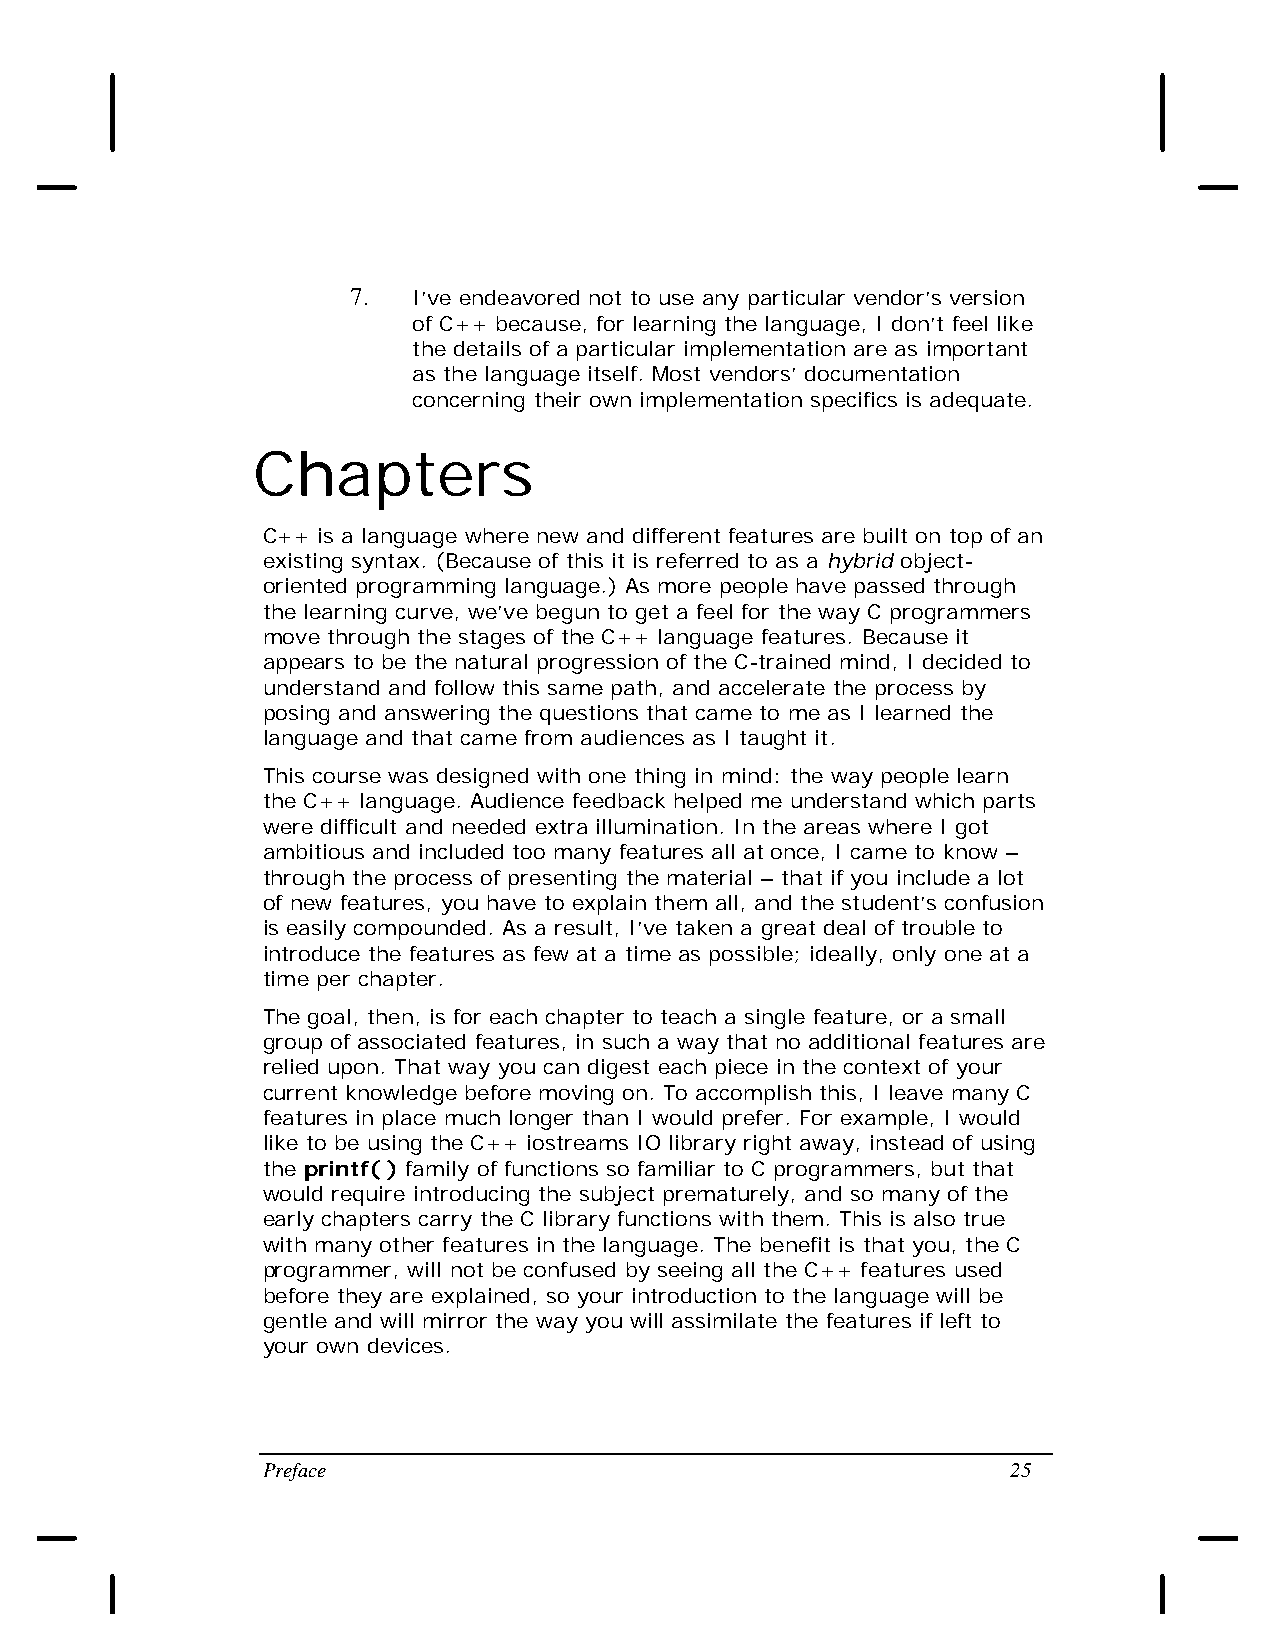
7.  I’ve endeavored not to use any particular vendor’s version
 of C++ because, for learning the language, I don’t feel like
 the details of a particular implementation are as important
 as the language itself. Most vendors’ documentation
 concerning their own implementation specifics is adequate.
 Chapters
 C++ is a language where new and different features are built on top of an
 existing syntax. (Because of this it is referred to as a hybrid object-
 oriented programming language.) As more people have passed through
 the learning curve, we’ve begun to get a feel for the way C programmers
 move through the stages of the C++ language features. Because it
 appears to be the natural progression of the C-trained mind, I decided to
 understand and follow this same path, and accelerate the process by
 posing and answering the questions that came to me as I learned the
 language and that came from audiences as I taught it.
 This course was designed with one thing in mind: the way people learn
 the C++ language. Audience feedback helped me understand which parts
 were difficult and needed extra illumination. In the areas where I got
 ambitious and included too many features all at once, I came to know –
 through the process of presenting the material – that if you include a lot
 of new features, you have to explain them all, and the student’s confusion
 is easily compounded. As a result, I’ve taken a great deal of trouble to
 introduce the features as few at a time as possible; ideally, only one at a
 time per chapter.
 The goal, then, is for each chapter to teach a single feature, or a small
 group of associated features, in such a way that no additional features are
 relied upon. That way you can digest each piece in the context of your
 current knowledge before moving on. To accomplish this, I leave many C
 features in place much longer than I would prefer. For example, I would
 like to be using the C++ iostreams IO library right away, instead of using
 the printf( ) family of functions so familiar to C programmers, but that
 would require introducing the subject prematurely, and so many of the
 early chapters carry the C library functions with them. This is also true
 with many other features in the language. The benefit is that you, the C
 programmer, will not be confused by seeing all the C++ features used
 before they are explained, so your introduction to the language will be
 gentle and will mirror the way you will assimilate the features if left to
 your own devices.
 Preface                                           25